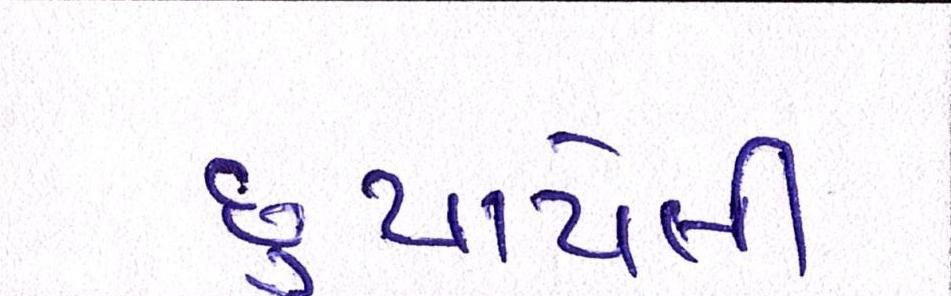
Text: છુપાયેલી